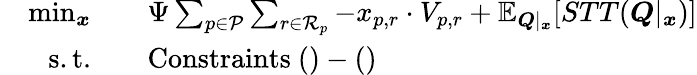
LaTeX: \begin{array}{rl}{\quad\operatorname*{min}_{\boldsymbol{x}}\quad}&{\Psi\sum_{p\in\mathcal{P}}\sum_{r\in\mathcal{R}_{p}}-x_{p,r}\cdot V_{p,r}+\mathbb{E}_{\boldsymbol{Q}|_{\boldsymbol{x}}}[STT(\boldsymbol{Q}|_{\boldsymbol{x}})]}\\ {\mathrm{s.t.}\quad}&{\mathrm{Constraints~}()-()}\end{array}